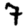
Digit: 7